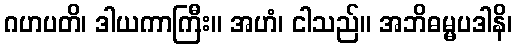
ဂဟပတိ၊ ဒါယကာကြီး။ အဟံ၊ ငါသည်။ အဘိဓမ္မပဒါနိ၊